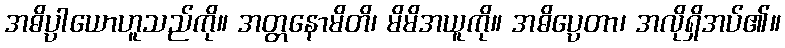
အဓိပ္ပါယောဟူသည်ကို။ အတ္တနောမိတိ၊ မိမိအယူကို။ အဓိပ္ပေတာ၊ အလိုရှိအပ်၏။